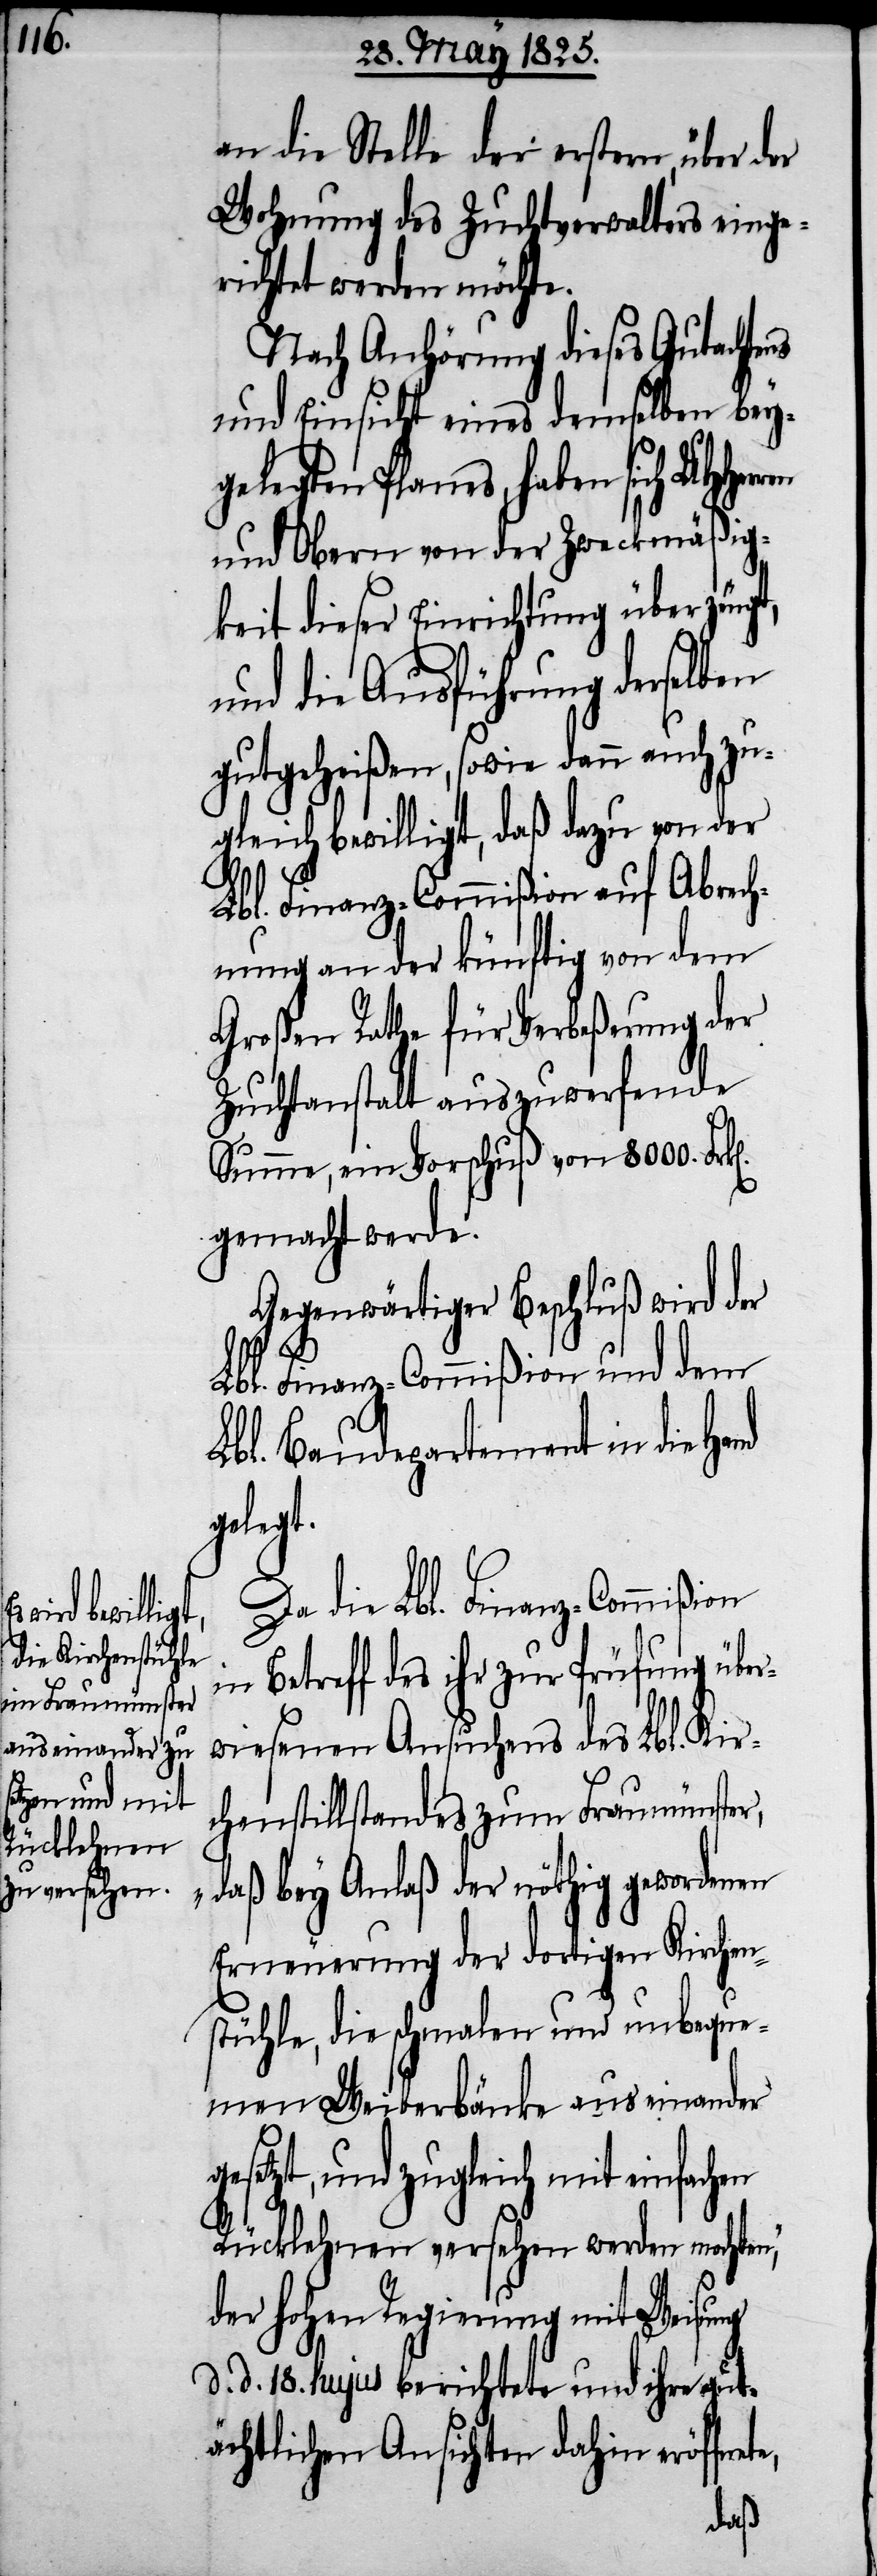
Zucht¬

an die Stelle der erstern, über der
Wohnung des Zuchtverwalters einge¬
richtet werden möchte.
Nach Anhörung dieses Gutachte¬
und Einsicht eines demselben bey¬
gelegten Planes, haben sich
und Obern von der Zweckmäßig¬
keit dieser Einrichtung überzeugt,
und die Ausführung derselben
gutgeheißen, sowie dann auch z¬
ugleich bewilligt, daß dazu von der
Lbl. Finanz-Commißion auf Abrech¬
nung an der künftig von dem
Großen Rathe für Verbeßerung der
hausanstalt auszuwerfende
Stumme, ein Vorschuß von 8000.
gemacht werde.
Gegenwärtiger Beschluß wird der
e,
Lbl. Finanz-Commißion und dem
Lbl. Baudepartement in die
gelegt.
Da die Lbl. Finanz-Commißion
in Betreff des ihr zur Prüfung über¬
wiesenen Ansuchens des Lbl. Kir¬
chenstillstandes zum Fraumünster,
daß bey Anlaß der nöthig gewordenen
Erneuerung der dortigen Kirchen¬
stühle, die schmalen und unbeque¬
men Weiberbänke auseinander
esetzt, und zugleich mit einfachen
Rücklehnen versehen werden mochten,
der hohen Regierung mit Weisung
d. d. 18. hujus berichtete und ihre gut¬
ächtlichen Ansichten dahin eröffnet¬